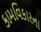
કામવિકારના